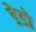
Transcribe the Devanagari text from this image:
डेडो